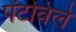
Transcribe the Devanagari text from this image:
पेंटविले